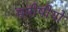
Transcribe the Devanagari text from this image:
मनीषीयो